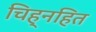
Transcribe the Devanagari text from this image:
चिह्नहित